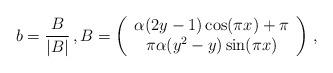
LaTeX: \begin{align*} b = \frac{B}{|B|}\, , B = \left( \begin{array}{c} \alpha (2y-1) \cos (\pi x) + \pi \\ \pi \alpha (y^2-y) \sin (\pi x) \end{array} \right)\,, \end{align*}